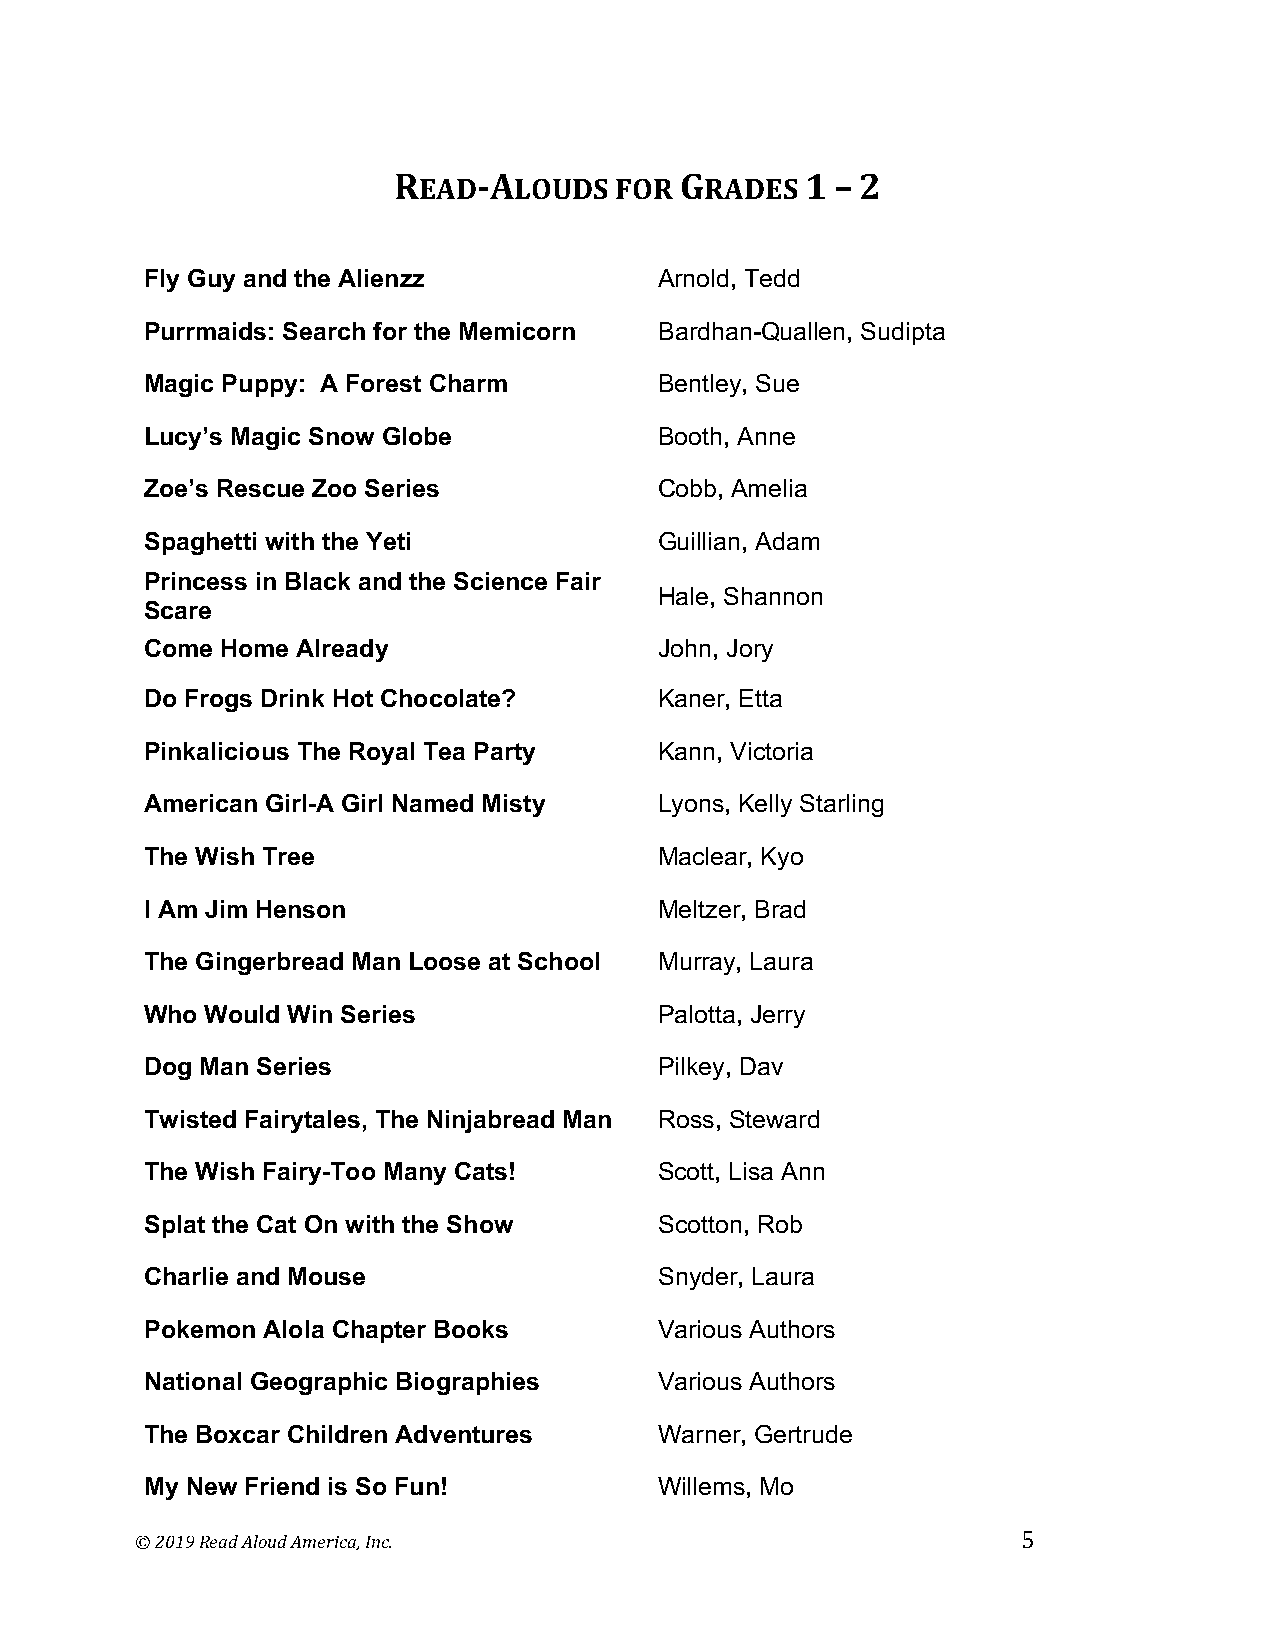
READ-ALOUDS    FOR GRADES  1 – 2
 Fly Guy and the Alienzz           Arnold, Tedd
 Purrmaids: Search for the Memicorn Bardhan-Quallen, Sudipta
 Magic Puppy: A Forest Charm       Bentley, Sue
 Lucy’s Magic Snow Globe           Booth, Anne
 Zoe’s Rescue Zoo Series           Cobb, Amelia
 Spaghetti with the Yeti           Guillian, Adam
 Princess in Black and the Science Fair
 Hale, Shannon
 Scare
 Come Home Already                 John, Jory
 Do Frogs Drink Hot Chocolate?     Kaner, Etta
 Pinkalicious The Royal Tea Party  Kann, Victoria
 American Girl-A Girl Named Misty  Lyons, Kelly Starling
 The Wish Tree                     Maclear, Kyo
 I Am Jim Henson                   Meltzer, Brad
 The Gingerbread Man Loose at School Murray, Laura
 Who Would Win Series              Palotta, Jerry
 Dog Man Series                    Pilkey, Dav
 Twisted Fairytales, The Ninjabread Man Ross, Steward
 The Wish Fairy-Too Many Cats!     Scott, Lisa Ann
 Splat the Cat On with the Show    Scotton, Rob
 Charlie and Mouse                 Snyder, Laura
 Pokemon Alola Chapter Books       Various Authors
 National Geographic Biographies   Various Authors
 The Boxcar Children Adventures    Warner, Gertrude
 My New Friend is So Fun!          Willems, Mo
 © 2019 Read Aloud America, Inc.                            5